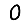
Digit: 0